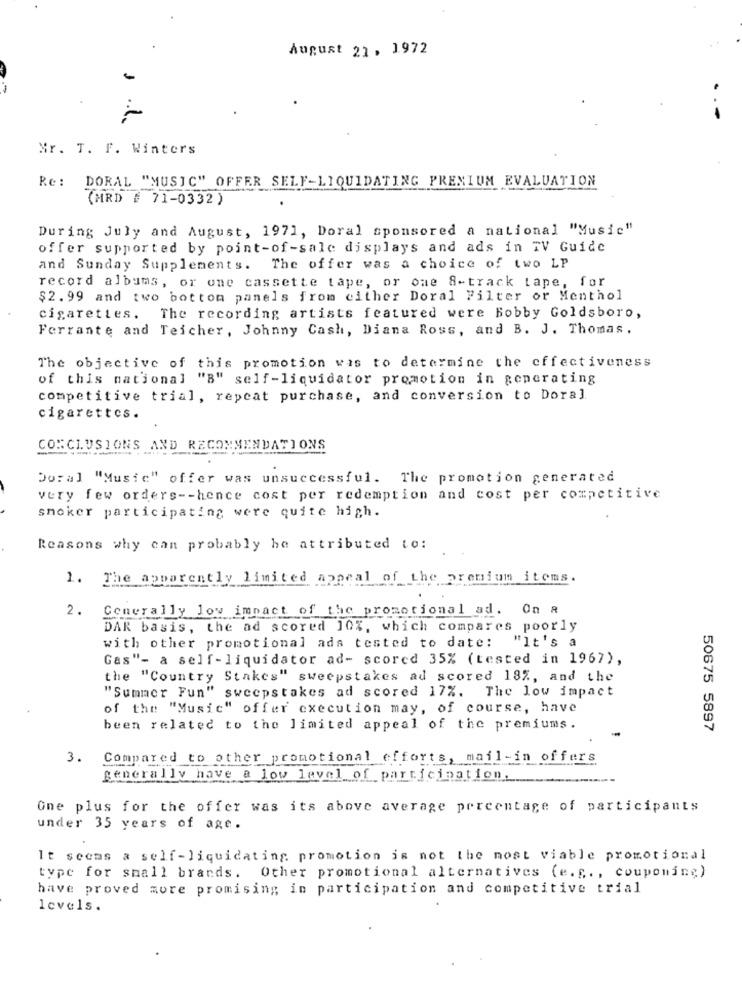
August 21, 1972
--
Mr. T. F. Winters
Re:
DORAL "MUSIC" OFFER SELF-LIQUIDATING PREMIUM EVALUATION
(MRD # 71-0332)
During July and August, 1971, Doral sponsored a national "Music"
offer supported by point-of-sale displays and ads in TV Guide
and Sunday Supplements. The offer was a choice of two LP
record albums, or one cassette tape, or one 8-track tape, for
$2.99 and two bottom panels from either Doral Filter or Menthol
cigarettes. The recording artists featured were Bobby Goldsboro,
Ferrante and Teicher, Johnny Cash, Diana Ross, and B. J. Thomas.
The objective of this promotion was to determine the effectiveness
of this national "B" self-liquidator promotion in generating
competitive trial, repeat purchase, and conversion to Dora]
cigarettes.
CONCLUSIONS AND RECOMMENDATIONS
Doral "Music" offer was unsuccessful. The promotion generated
very few orders -- hence cost per redemption and cost per competitive
smoker participating were quite high.
Reasons why can probably he attributed to:
1. The apparently limited appeal of the premium items.
2.
Generally low impact of the promotional ad. On a
DAR basis, the ad scored 10%, which compares poorly
with other promotional ads tested to date: "It's a
Gas"- a self-liquidator ad- scored 35% (tested in 1967),
the "Country Stakes" sweepstakes ad scored 18%, and the
"Summer Fun" sweepstakes ad scored 17%. The low impact
of the "Music" offer execution may, of course, have
been related to the limited appeal of the premiums.
50675 5897
3.
Compared to other promotional efforts, mail-in offers
generally have a low level of participation.
One plus for the offer was its above average percentage of participants
under 35 years of age.
It seems a self-liquidating promotion is not the most viable promotional
type for small brands. Other promotional alternatives (e.g. , couponing)
have proved more promising in participation and competitive trial
levels.